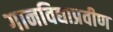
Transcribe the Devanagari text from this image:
गानविद्याप्रवीण